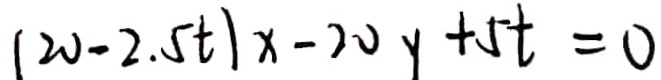
( 2 0 - 2 . 5 t ) x - 2 0 y + 5 t = 0